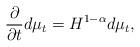
LaTeX: \begin{align*} \frac{\partial}{\partial t}d\mu_t=H^{1-\alpha}d\mu_t,\end{align*}